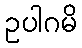
ဥပါဂမိ